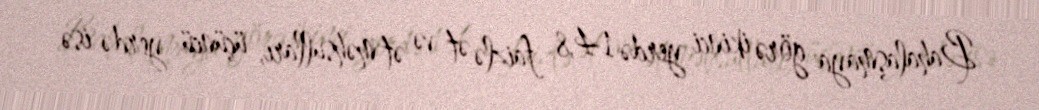
Bahalaşmaya görə ikinci yerdə 14,8 faizlə ət və ət məhsulları, üçüncü yerdə isə